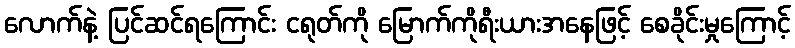
လောက်နဲ့ ပြင်ဆင်ရကြောင်း ငရုတ်ကို မြောက်ကိုရီးယားအနေဖြင့် စေခိုင်းမှုကြောင့်